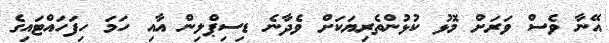
އޭނާ ވެސް ވަރަށް މޮޅު ކުޅުންތެރިޔަކަށް ވެދާނެ ޑިސިޕްލިން އާއި ހަމަ ހިފަހައްޓައިގެ